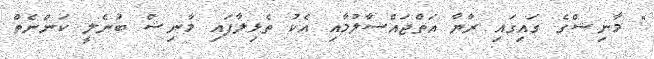
" މާނިޝްގެ ގައިގައި ރާޔާ އަތްޖައްސާލުމާއި އެކު ތެޅިލާފައި މާނިޝް ބުނެލީ ކަންނެތް